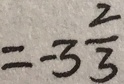
= - 3 \frac { 2 } { 3 }